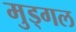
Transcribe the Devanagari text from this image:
मुड्गल